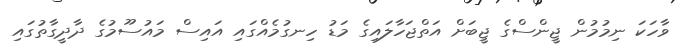
ވާހަކަ ނިމުމުން ޖީންސްގެ ޖީބަށް އަތްޖަހާލައިގެ މަޑު ހިނގުމެއްގައި އައިސް މައުސޫމުގެ ދާދީގާތުގައި